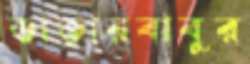
ডাক্তারবাবুর